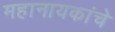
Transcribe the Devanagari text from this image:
महानायकांचे